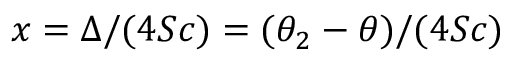
x = \Delta / ( 4 S c ) = ( \theta _ { 2 } - \theta ) / ( 4 S c )